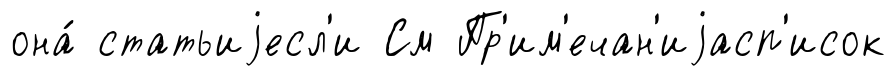
она́ статьиjесл'и См Пр'им'ечан'иjасп'исок